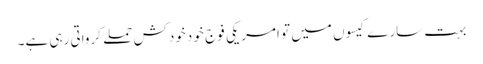
بہت سارے کیسوں میں تو امریکی فوج خو دخودکش حملے کرواتی رہی ہے۔